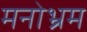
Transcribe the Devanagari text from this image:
मनोभ्रम